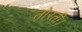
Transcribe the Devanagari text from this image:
तोरती।